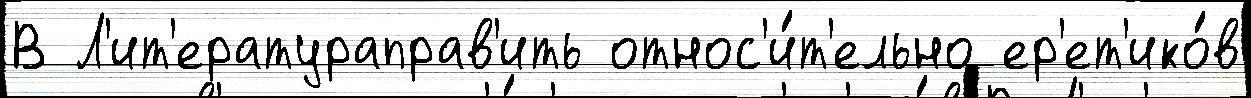
В Л'ит'ератураправ'ить относ'и́т'ельно ер'ет'ико́в